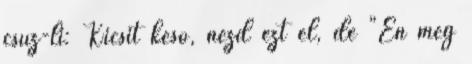
csuz-li: Kicsit késő, nézd ezt el, de "Én még